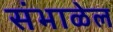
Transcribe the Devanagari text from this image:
संभाळेल